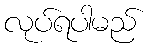
လုပ်ရပါမည်